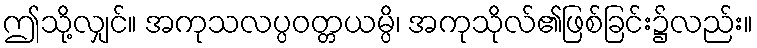
ဤသို့လျှင်။ အကုသလပ္ပဝတ္တယမ္ပိ၊ အကုသိုလ်၏ဖြစ်ခြင်း၌လည်း။